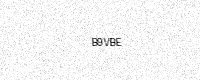
Text: B9VBE